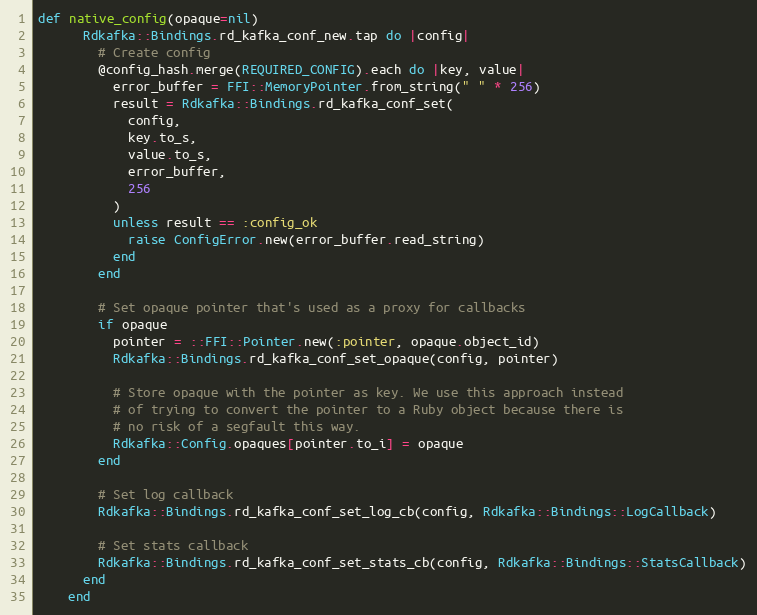
Language: Ruby
def native_config(opaque=nil)
      Rdkafka::Bindings.rd_kafka_conf_new.tap do |config|
        # Create config
        @config_hash.merge(REQUIRED_CONFIG).each do |key, value|
          error_buffer = FFI::MemoryPointer.from_string(" " * 256)
          result = Rdkafka::Bindings.rd_kafka_conf_set(
            config,
            key.to_s,
            value.to_s,
            error_buffer,
            256
          )
          unless result == :config_ok
            raise ConfigError.new(error_buffer.read_string)
          end
        end

        # Set opaque pointer that's used as a proxy for callbacks
        if opaque
          pointer = ::FFI::Pointer.new(:pointer, opaque.object_id)
          Rdkafka::Bindings.rd_kafka_conf_set_opaque(config, pointer)

          # Store opaque with the pointer as key. We use this approach instead
          # of trying to convert the pointer to a Ruby object because there is
          # no risk of a segfault this way.
          Rdkafka::Config.opaques[pointer.to_i] = opaque
        end

        # Set log callback
        Rdkafka::Bindings.rd_kafka_conf_set_log_cb(config, Rdkafka::Bindings::LogCallback)

        # Set stats callback
        Rdkafka::Bindings.rd_kafka_conf_set_stats_cb(config, Rdkafka::Bindings::StatsCallback)
      end
    end